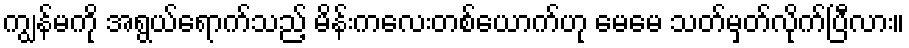
ကျွန်မကို အရွယ်ရောက်သည့် မိန်းကလေးတစ်ယောက်ဟု မေမေ သတ်မှတ်လိုက်ပြီလား။